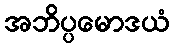
အဘိပ္ပမောဒယံ